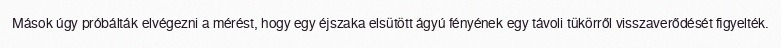
Mások úgy próbálták elvégezni a mérést, hogy egy éjszaka elsütött ágyú fényének egy távoli tükörről visszaverődését figyelték.